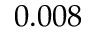
0 . 0 0 8